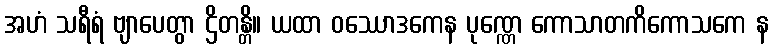
အဟံ သရီရံ ဗျာပေတွာ ဌိတန္တိ။ ယထာ ဝဿောဒကေန ပုဏ္ဏေ ကောသာတကိကောသကေ န